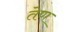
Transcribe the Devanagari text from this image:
तेण